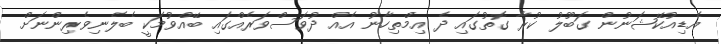
އެޑިއުކޭޝަނުން ގަބޫލު ކުރާ ގޮތުގައި ދެ އިމްތިހާނު އެއް ދުވަސްވަރެއްގައި ބޭއްވުމަކީ ބެލެނިވެރިންނަށް